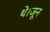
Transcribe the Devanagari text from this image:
थे।जून